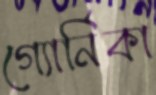
গ্যোর্নিকা